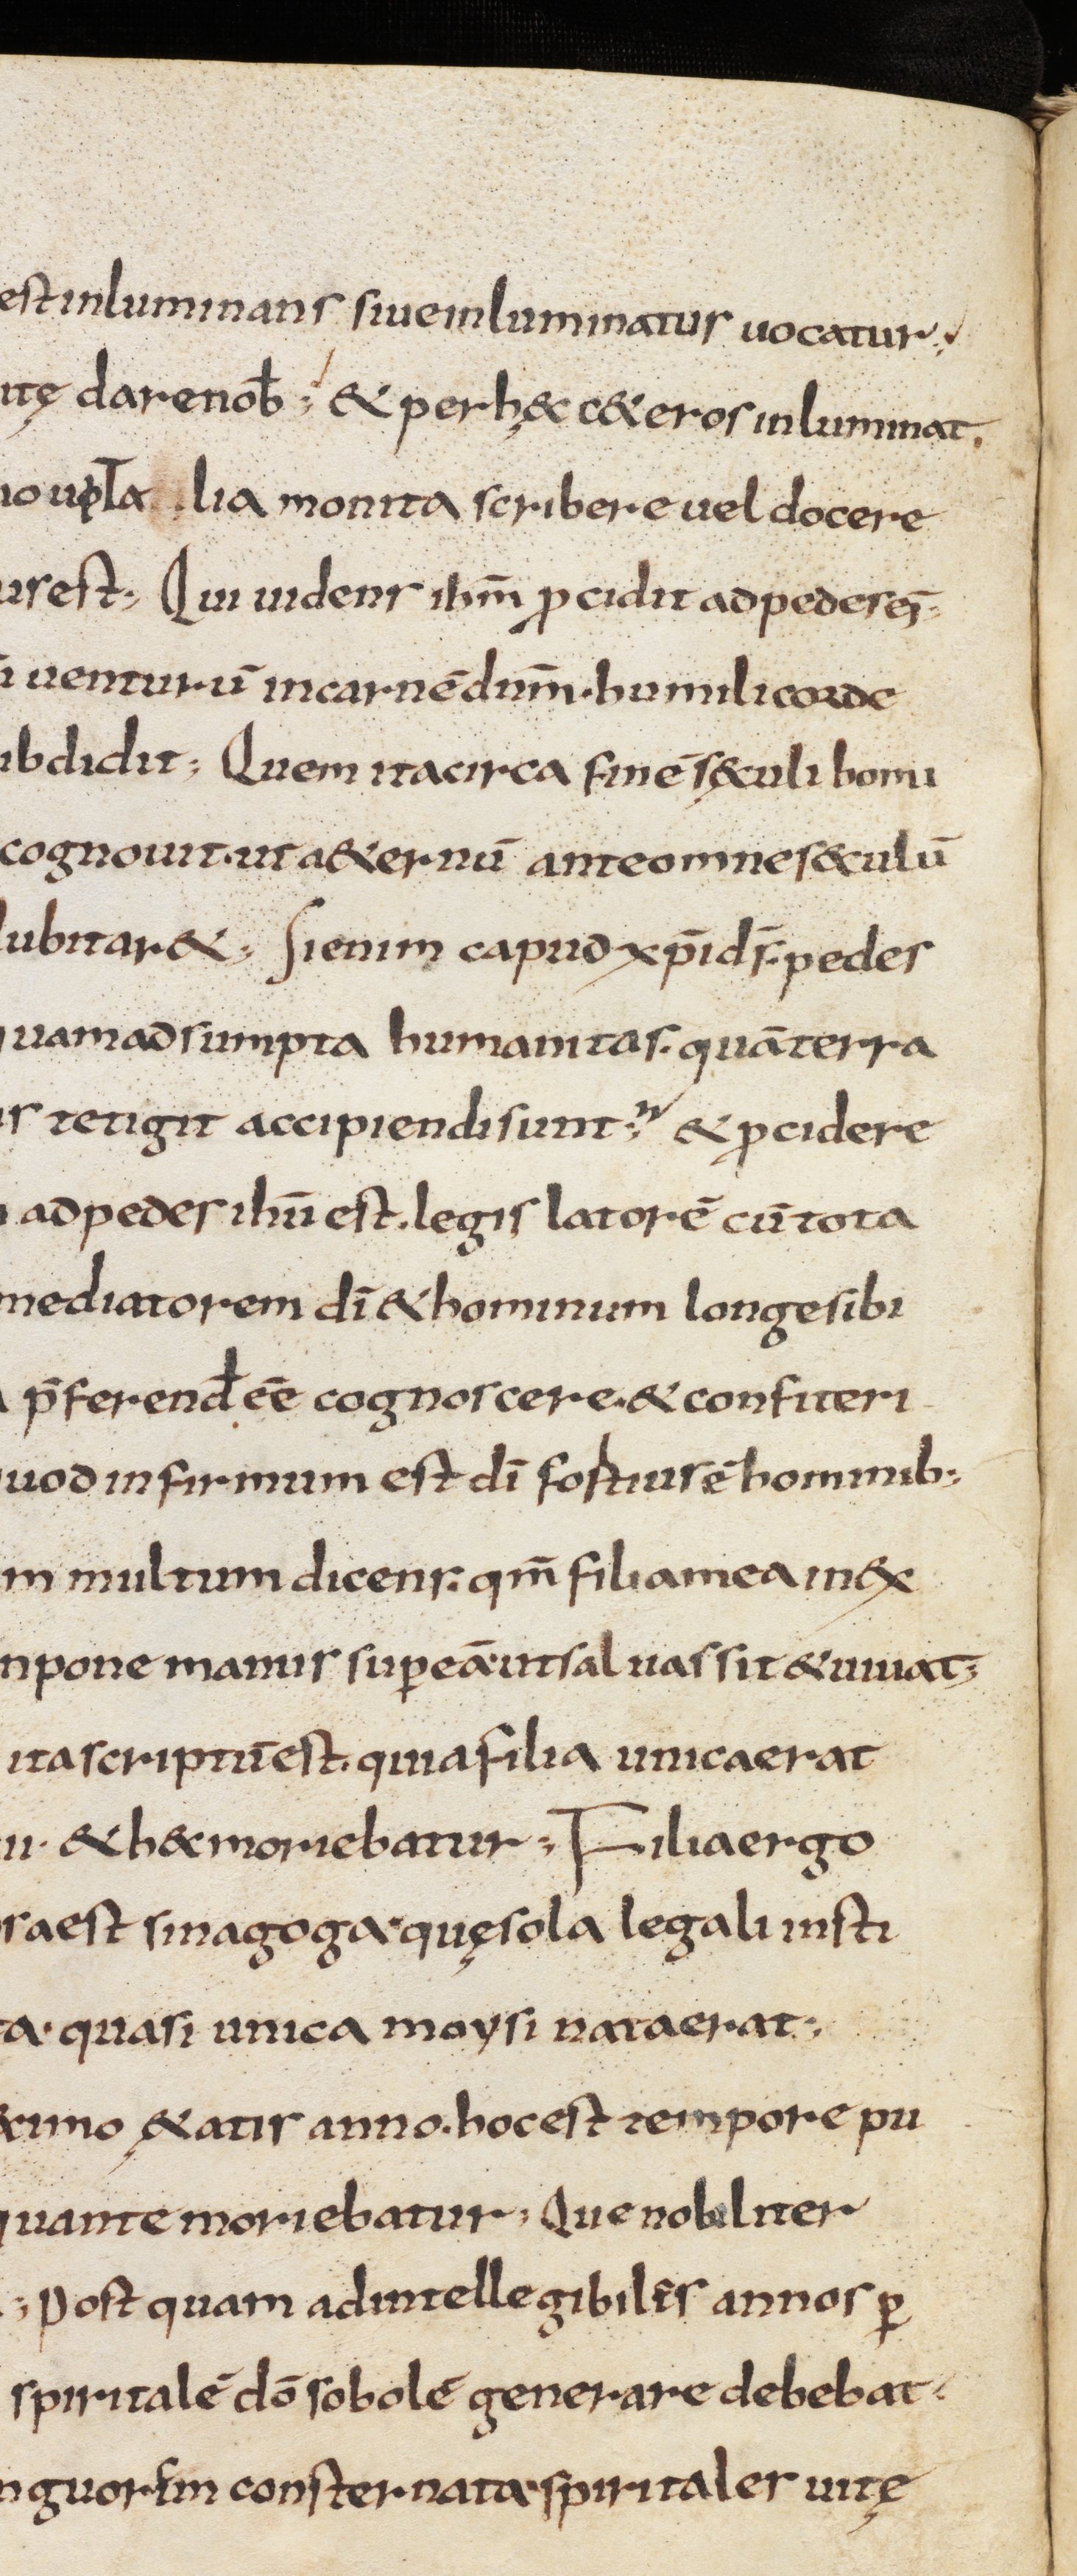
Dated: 800–999